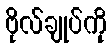
ဗိုလ်ချုပ်ကို